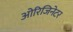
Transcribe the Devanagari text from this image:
ओरिजिनेटर